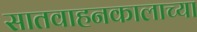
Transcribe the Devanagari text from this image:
सातवाहनकालाच्या